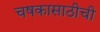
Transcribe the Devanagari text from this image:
चषकासाठीची